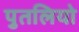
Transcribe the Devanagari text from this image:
पुतलियो